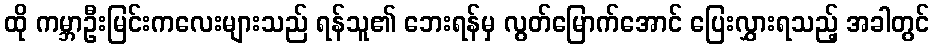
ထို ကမ္ဘာဦးမြင်းကလေးများသည် ရန်သူ၏ ဘေးရန်မှ လွတ်မြောက်အောင် ပြေးလွှားရသည့် အခါတွင်